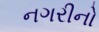
નગરીનો